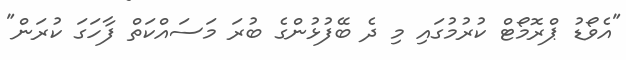
"އެވޯޑު ޕްރޮމޯޓް ކުރުމުގައި މި ދެ ބޭފުޅުންގެ ބުރަ މަސައްކަތް ފާހަގަ ކުރަން"